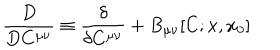
\frac { D } { D C ^ { \mu \nu } } \equiv \frac { \delta } { \delta C ^ { \mu \nu } } + B _ { \mu \nu } [ C ; x , x _ { 0 } ]